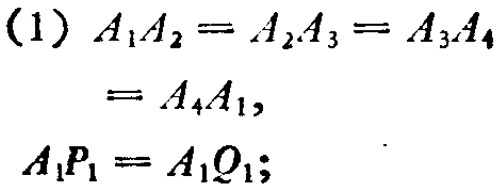
(1) \(A_{1}A_{2}=A_{2}A_{3}=A_{3}A_{4}\)
\(=A_{4}A_{1},\)
\(A_{1}P_{1}=A_{1}Q_{1};\)